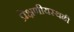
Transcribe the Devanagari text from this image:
प्रेक्षणीयस्थळी